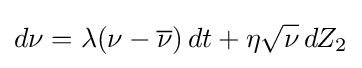
d\nu =\lambda (\nu -{\overline {\nu }})\,dt+\eta {\sqrt {\nu }}\,dZ_{2}